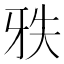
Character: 𰠡